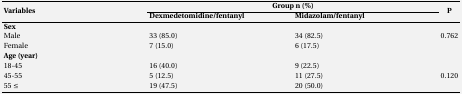
<table><thead><tr><td rowspan="2"><b>Variable </b></td><td colspan="2"><b>Group n (%)</b></td><td rowspan="2"><b>P</b></td></tr><tr><td><b>Dexmedetomidine/fentanyl</b></td><td><b>Midazolam/fentanyl</b></td></tr></thead><tbody><tr><td><b>Sex </b></td><td></td><td></td><td></td></tr><tr><td>Male </td><td>33 (85.0)</td><td>34 (82.5)</td><td rowspan="2">0.762</td></tr><tr><td>Female </td><td>7 (15.0)</td><td>6 (17.5)</td></tr><tr><td><b>Age </b></td><td></td><td></td><td></td></tr><tr><td>18-45</td><td>16 (40.0)</td><td>9 (22.5)</td><td rowspan="3">0.120</td></tr><tr><td>45-55</td><td>5 (12.5)</td><td>11 (27.5)</td></tr><tr><td>55 ≤</td><td>19 (47.5)</td><td>20 (50.0)</td></tr></tbody></table>